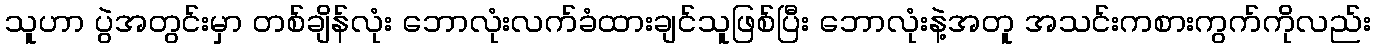
သူဟာ ပွဲအတွင်းမှာ တစ်ချိန်လုံး ဘောလုံးလက်ခံထားချင်သူဖြစ်ပြီး ဘောလုံးနဲ့အတူ အသင်းကစားကွက်ကိုလည်း